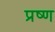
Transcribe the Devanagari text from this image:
प्रष्ण